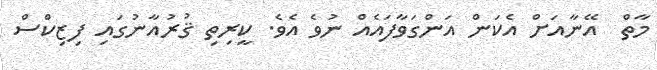
މާތް  އޭނާއަށް އެކަން އަންގަވާފައެއް ނުވެ އެވެ. ކީރިތި ޤުރުއާނުގައި ފިޒިކްސް